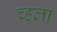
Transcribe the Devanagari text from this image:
च्हला